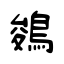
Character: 鵕